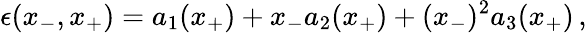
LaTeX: \epsilon(x_{-},x_{+})=a_{1}(x_{+})+x_{-}a_{2}(x_{+})+(x_{-})^{2}a_{3}(x_{+})\, ,